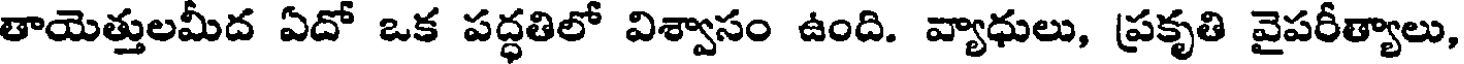
తాయెత్తులమీద ఏదో ఒక పద్ధతిలో విశ్వాసం ఉంది. వ్యాధులు, ప్రకృతి వైపరీత్యాలు,